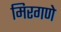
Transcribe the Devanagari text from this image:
मिरगणे